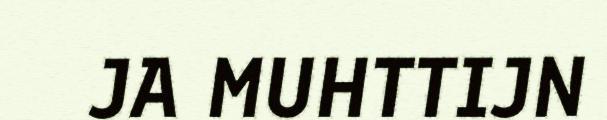
JA MUHTTIJN